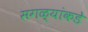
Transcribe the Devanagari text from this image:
सगळ्यांकडे